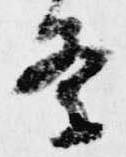
条